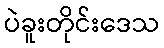
ပဲခူးတိုင်းဒေသ